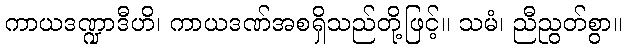
ကာယဒဏ္ဍာဒီဟိ၊ ကာယဒဏ်အစရှိသည်တို့ဖြင့်။ သမံ၊ ညီညွတ်စွာ။